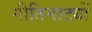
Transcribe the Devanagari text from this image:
गीतिनाट्यों